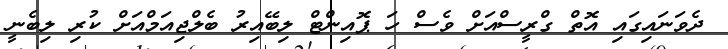
ދެވަނައިގައި އޮތް ގްރީސްއަށް ވެސް ހަ ޕޮއިންޓް ލިބޭއިރު ބެލްޖިއަމްއަށް ކުރި ލިބެނީ